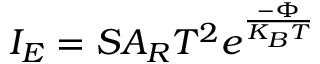
\begin{array} { r } { I _ { E } = S A _ { R } T ^ { 2 } e ^ { \frac { - \Phi } { K _ { B } T } } } \end{array}